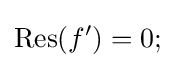
\operatorname {Res} (f')=0;